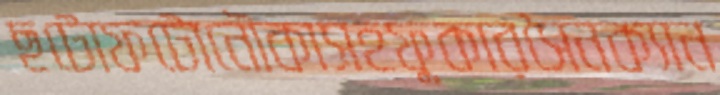
ছটোফটোনৌকাসহফুকারসৈনক্যান